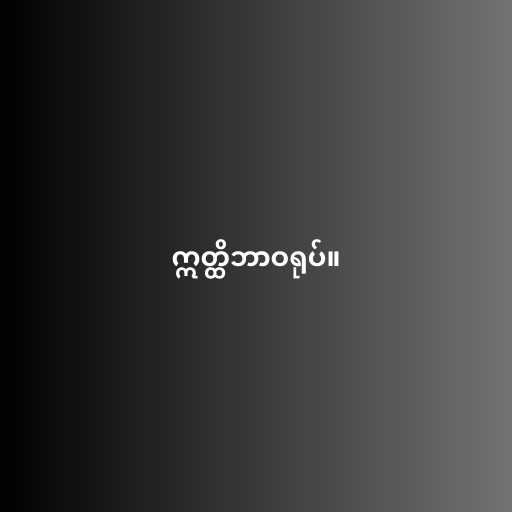
ဣတ္ထိဘာဝရုပ်။